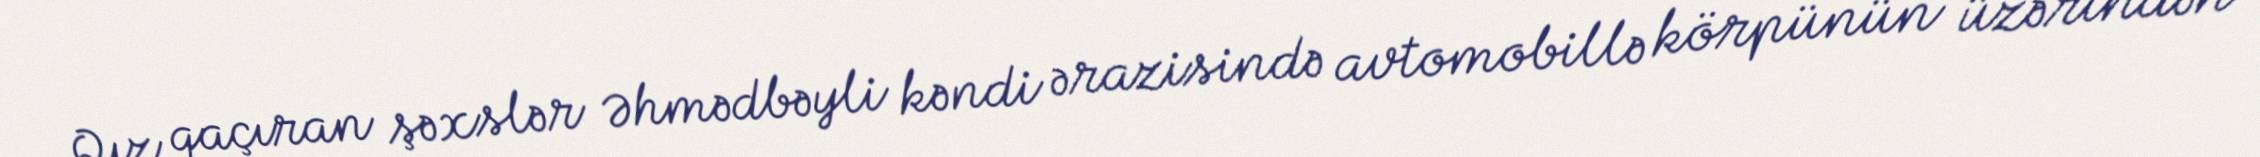
Qız qaçıran şəxslər Əhmədbəyli kəndi ərazisində avtomobillə körpünün üzərindən